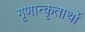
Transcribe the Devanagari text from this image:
गृणान्कृतार्थो